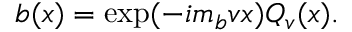
b ( x ) = \exp ( - i m _ { b } v x ) Q _ { v } ( x ) .